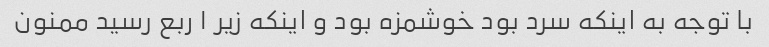
با توجه به اینکه سرد بود خوشمزه بود و اینکه زیر ۱ ربع رسید ممنون